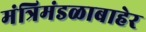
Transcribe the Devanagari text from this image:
मंत्रिमंडळाबाहेर